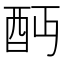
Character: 𨟺